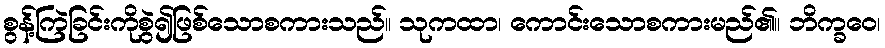
စွန့်ကြဲခြင်းကိုစွဲ၍ဖြစ်သောစကားသည်။ သုကထာ၊ ကောင်းသောစကားမည်၏။ ဘိက္ခဝေ၊